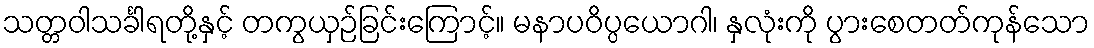
သတ္တဝါသင်္ခါရတို့နှင့် တကွယှဉ်ခြင်းကြောင့်။ မနာပဝိပ္ပယောဂါ၊ နှလုံးကို ပွားစေတတ်ကုန်သော